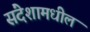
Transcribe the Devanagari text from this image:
संदेशामधील